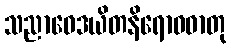
သညာဝေဒယိတနိရောဓဓာတု